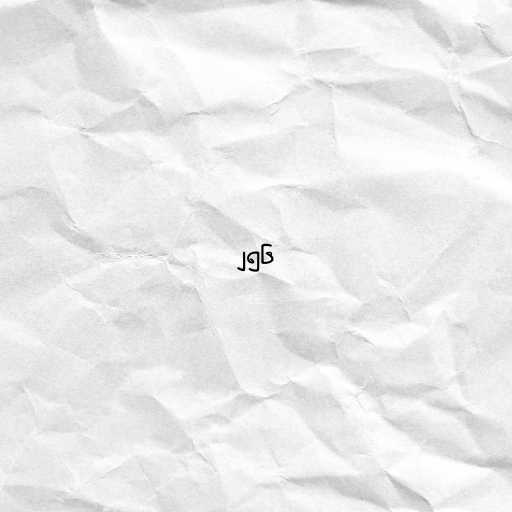
၂၅၆